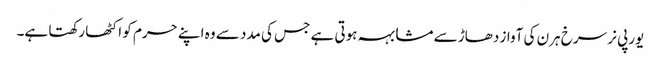
یورپی نر سرخ ہرن کی آواز دھاڑ سے مشابہہ ہوتی ہے جس کی مدد سے وہ اپنے حرم کو اکٹھا رکھتا ہے۔